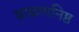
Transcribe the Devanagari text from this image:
ब्राह्मणनिष्ठ